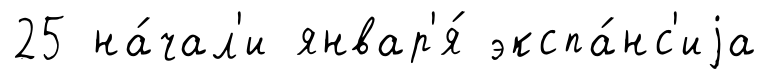
25 на́чал'и январ'я́ экспа́нс'иjа